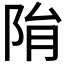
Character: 𨹆